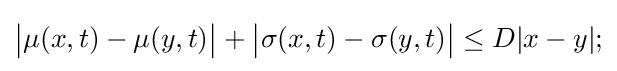
{\big |}\mu (x,t)-\mu (y,t){\big |}+{\big |}\sigma (x,t)-\sigma (y,t){\big |}\leq D|x-y|;